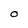
Character: O